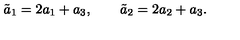
\tilde { a } _ { 1 } = 2 a _ { 1 } + a _ { 3 } , \qquad \tilde { a } _ { 2 } = 2 a _ { 2 } + a _ { 3 } .